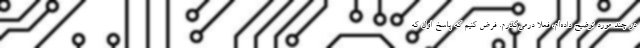
در چند مورد توضیح داده‌ام، فعلا درمی‌گذرم. فرض کنیم که پاسخ اول که